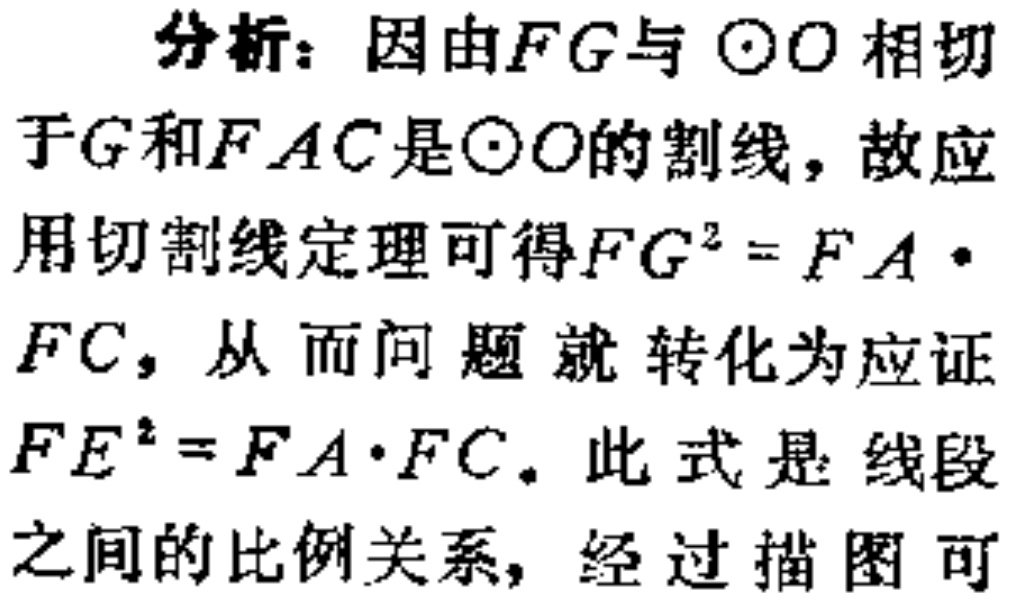
分析：因由\(FG\)与\(\odot O\)相切于\(G\)和\(FAC\)是\(\odot O\)的割线，故应用切割线定理可得\(FG^{2} = FA\cdot FC\)，从而问题就转化为应证\(FE^{2}=FA\cdot FC\)。此式是线段之间的比例关系，经过描图可